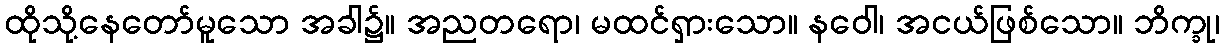
ထိုသို့နေတော်မူသော အခါ၌။ အညတရော၊ မထင်ရှားသော။ နဝေါ၊ အငယ်ဖြစ်သော။ ဘိက္ခု၊